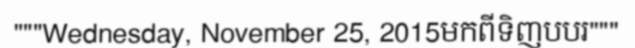
"""Wednesday, November 25, 2015មកពីទិញបបរ"""